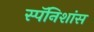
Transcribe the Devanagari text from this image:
स्पॅनिशांस